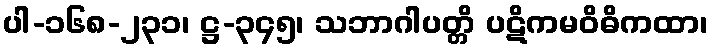
ပါ-၁၆၈-၂၃၁၊ ဋ္ဌ-၃၄၅၊ သဘာဂါပတ္တိ ပဋိကမဝိဓိကထာ၊